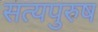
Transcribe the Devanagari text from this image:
सत्यपुरुष